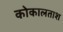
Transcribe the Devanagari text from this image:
कोकालताश